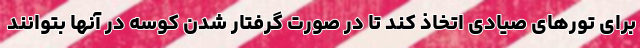
برای تورهای صیادی اتخاذ کند تا در صورت گرفتار شدن کوسه در آنها بتوانند